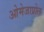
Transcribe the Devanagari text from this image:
ओमेजाप्रोल